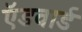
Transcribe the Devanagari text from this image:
ऍडवार्ड